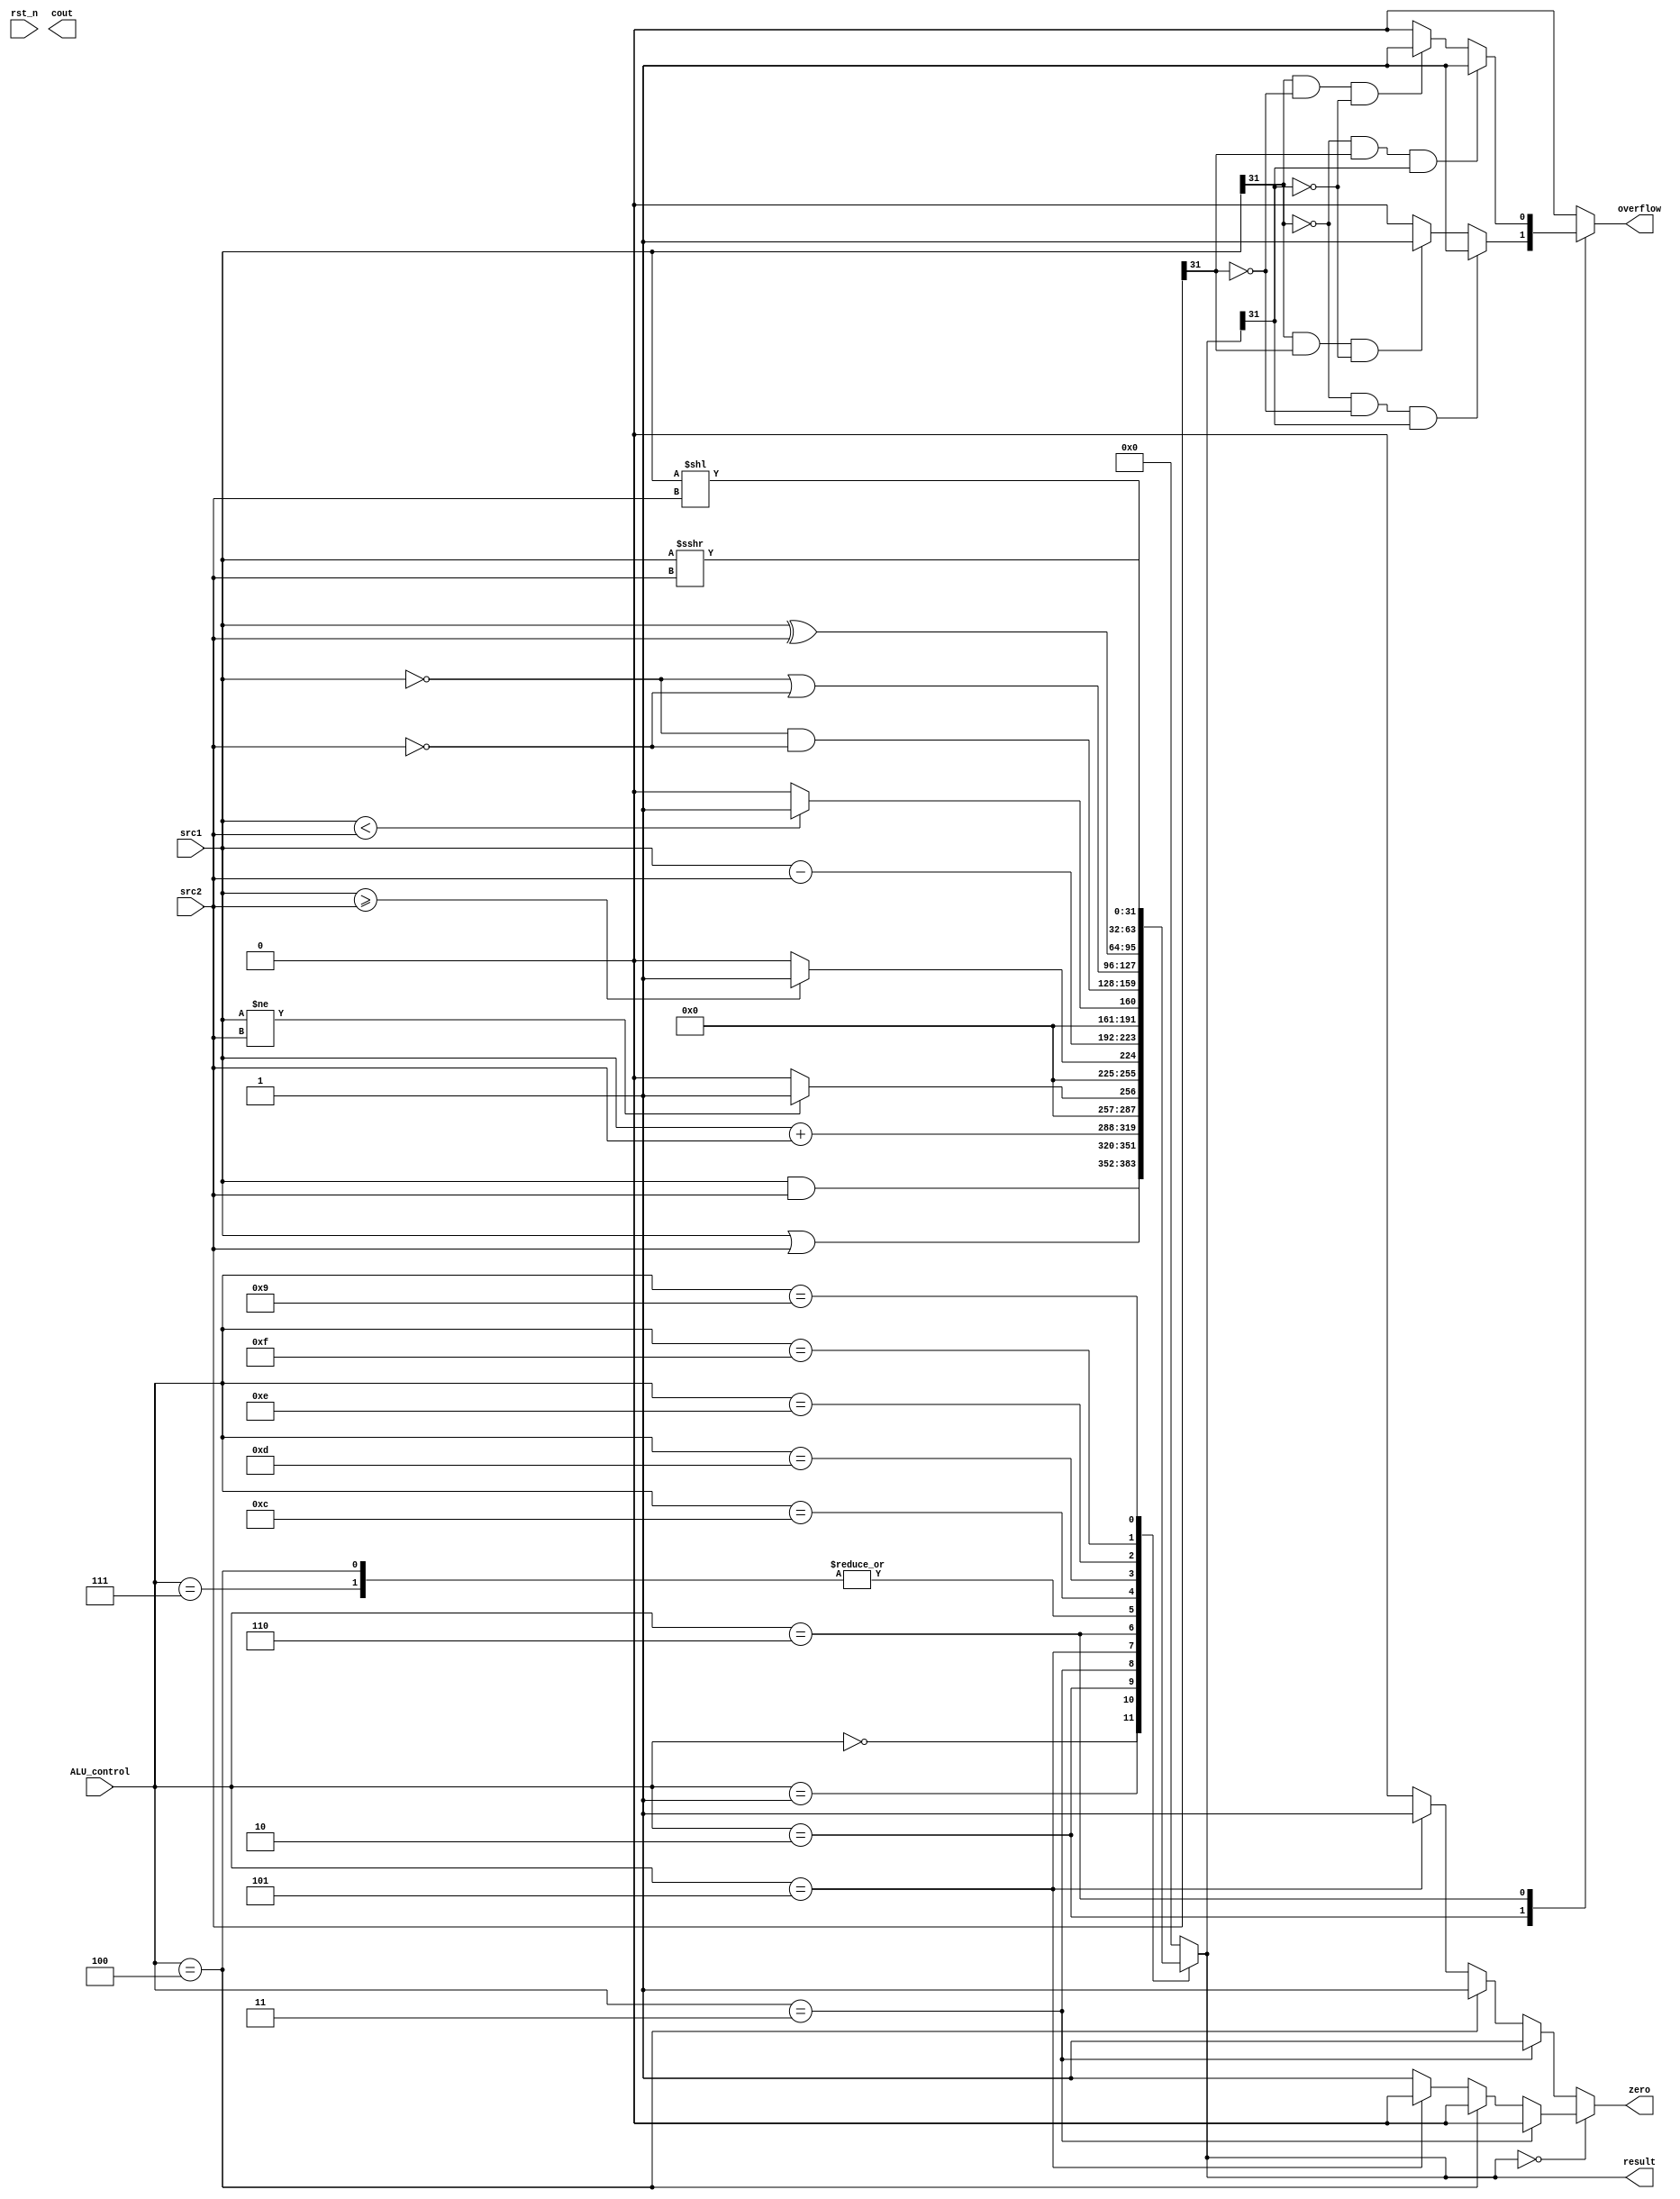
/***************************************************
Student Name:
Student ID:0511226
***************************************************/
`timescale 1ns/1ps

module alu(
	input	       rst_n,         // Reset                     (input)
	input	[31:0] src1,          // 32 bits source 1          (input)
	input	[31:0] src2,          // 32 bits source 2          (input)
	input 	[ 3:0] ALU_control,   // 4 bits ALU control input  (input)
	output reg[31:0] result,        // 32 bits result            (output)
	output reg       zero,          // 1 bit when the output is 0, zero must be set (output)
	output reg       cout,          // 1 bit carry out           (output)
	output reg       overflow       // 1 bit overflow            (output)
	);

/* Write your code HERE */
always@(*)begin
  case (ALU_control)
    4'b0000: begin result = src1 & src2; end  //1h'0, and

    4'b0001: begin result = src1 | src2; end  //1h'1, or

    4'b0010: begin  result = src1 + src2; end //1'h2, add

    4'b0011: begin  result = (src1 != src2) ? 1 : 0; end //bne
	
    4'b0100: begin  result = (src1 < src2) ? 1 : 0; end //blt
	
    4'b0101: begin  result = (src1 >= src2) ? 1 : 0; end //bge

    4'b0110: begin  result = src1 - src2; end  //1'h6, sub, beq

    4'b0111: begin  result = (src1 < src2) ? 1 : 0; end //1'h7, SLT

    4'b1100: begin  result = ~src1 & ~src2; end  //1'hc, NOR 

    4'b1101: begin  result = ~src1 | ~src2; end  //1'hd, NAND

    4'b1110: begin  result = src1 ^ src2; end   //1'he,  XOR

    4'b1111: begin  result = src1 << src2; end  //1'hf,  shift left n-bit

    4'b1001: begin  result = src1 >>> src2; end //1'h9,  shift right arithmetic
    
    default: begin  result = 32'b0; end
  endcase
end

always@ (*)begin
  if(result==0)
	if(ALU_control==4'b0011) zero = 0; //bne
	else if(ALU_control==4'b0100) zero = 0;  //blt
	else if(ALU_control==4'b0101) zero = 0;  //bge
	else zero = 1;
  else 
	if(ALU_control==4'b0011) zero = 1; //bne
	else if(ALU_control==4'b0100) zero = 1;  //blt
	else if(ALU_control==4'b0101) zero = 1;  //bge
	else zero = 0;

  case (ALU_control)
    4'b0010: begin //add 
      if(src1[31]==0 && src2[31]==0 && result[31]==1) overflow = 1;
      else if(src1[31]==1 && src2[31]==1 &&result[31]==0) overflow = 1;
      else overflow = 0;
      end

    4'b0110: begin //sub
      if(src1[31]==0 && src2[31]==1 && result[31]==1) overflow = 1;
      else if(src1[31]==1 && src2[31]==0 && result[31]==0) overflow = 1;
      else overflow = 0; 
      end

    default: begin overflow = 0; end
  endcase
end



endmodule